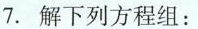
7. 解下列方程组: